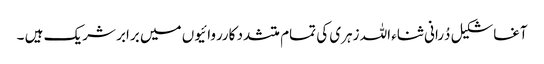
آغاشکیل دُرانی ثناء اللہ زہری کی تمام متشدد کارروائیوں میں برابر شریک ہیں ۔